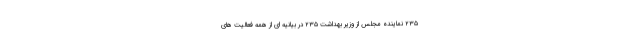
٢٣۵ نماینده مجلس از وزیر بهداشت ۲۳۵ در بیانیه ای از همه فعالیت های